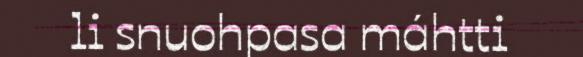
li snuohpasa máhtti